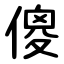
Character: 傻